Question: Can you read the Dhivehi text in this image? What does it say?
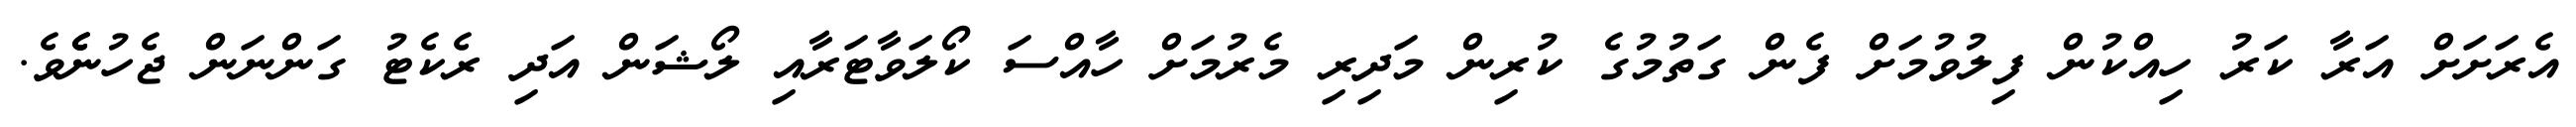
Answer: އެރަށަށް އަރާ ކަރު ހިއްކުން ފިލުވުމަށް ފެން ގަތުމުގެ ކުރިން މަދިރި މެރުމަށް ހާއްސަ ކޯލަވާޓަރާއި ލޯޝަން އަދި ރެކެޓު ގަންނަން ޖެހުނެެވެ.